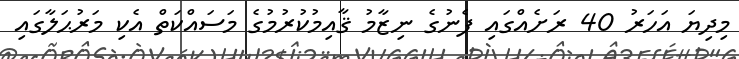
މިދިޔަ އަހަރު 40 ރަށެއްގައި ފެނުގެ ނިޒާމު ޤާއިމުކުރުމުގެ މަސައްކަތް އެކި މަރުޙަލާގައި